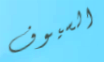
السيوف